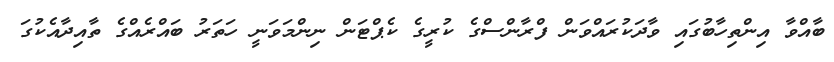
ބާއްވާ އިންތިހާބުގައި ވާދަކުރައްވަން ފްރާންސްގެ ކުރީގެ ކެޕްޓަން ނިންމަވަނީ ހަތަރު ބައްރެއްގެ ތާއިދާއެކުގަ